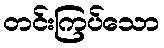
တင်းကြပ်သော